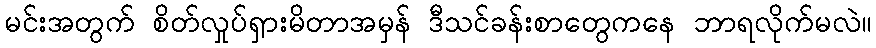
မင်းအတွက် စိတ်လှုပ်ရှားမိတာအမှန် ဒီသင်ခန်းစာတွေကနေ ဘာရလိုက်မလဲ။